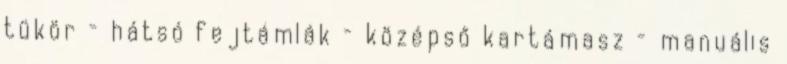
tükör – hátsó fejtámlák – középső kartámasz – manuális